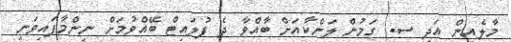
މާލެއިން އަދި ސ. ގަމުން ލަންކާއަށް ބާއްވާ ދެ ފުލައިޓް ބޭއްވުމަށް ނިންމާފައިވަނީ